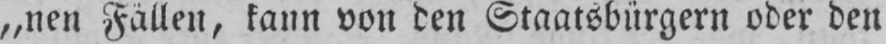
„nen Fällen, kann von den Staatsbürgern oder den